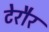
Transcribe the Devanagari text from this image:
टेरौर